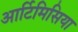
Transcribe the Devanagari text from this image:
आर्टिमिसिया